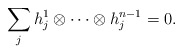
\begin{align*}\sum_{j} h_j^1\otimes \cdots \otimes h_j^{n-1}=0.\end{align*}